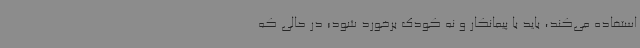
استفاده می‌کند، باید با پیمانکار و نه کودک برخورد شود؛ در حالی‌ که